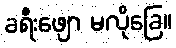
ခရီးဖျော မလိုခြေ။